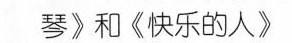
琴》和《快乐的人》